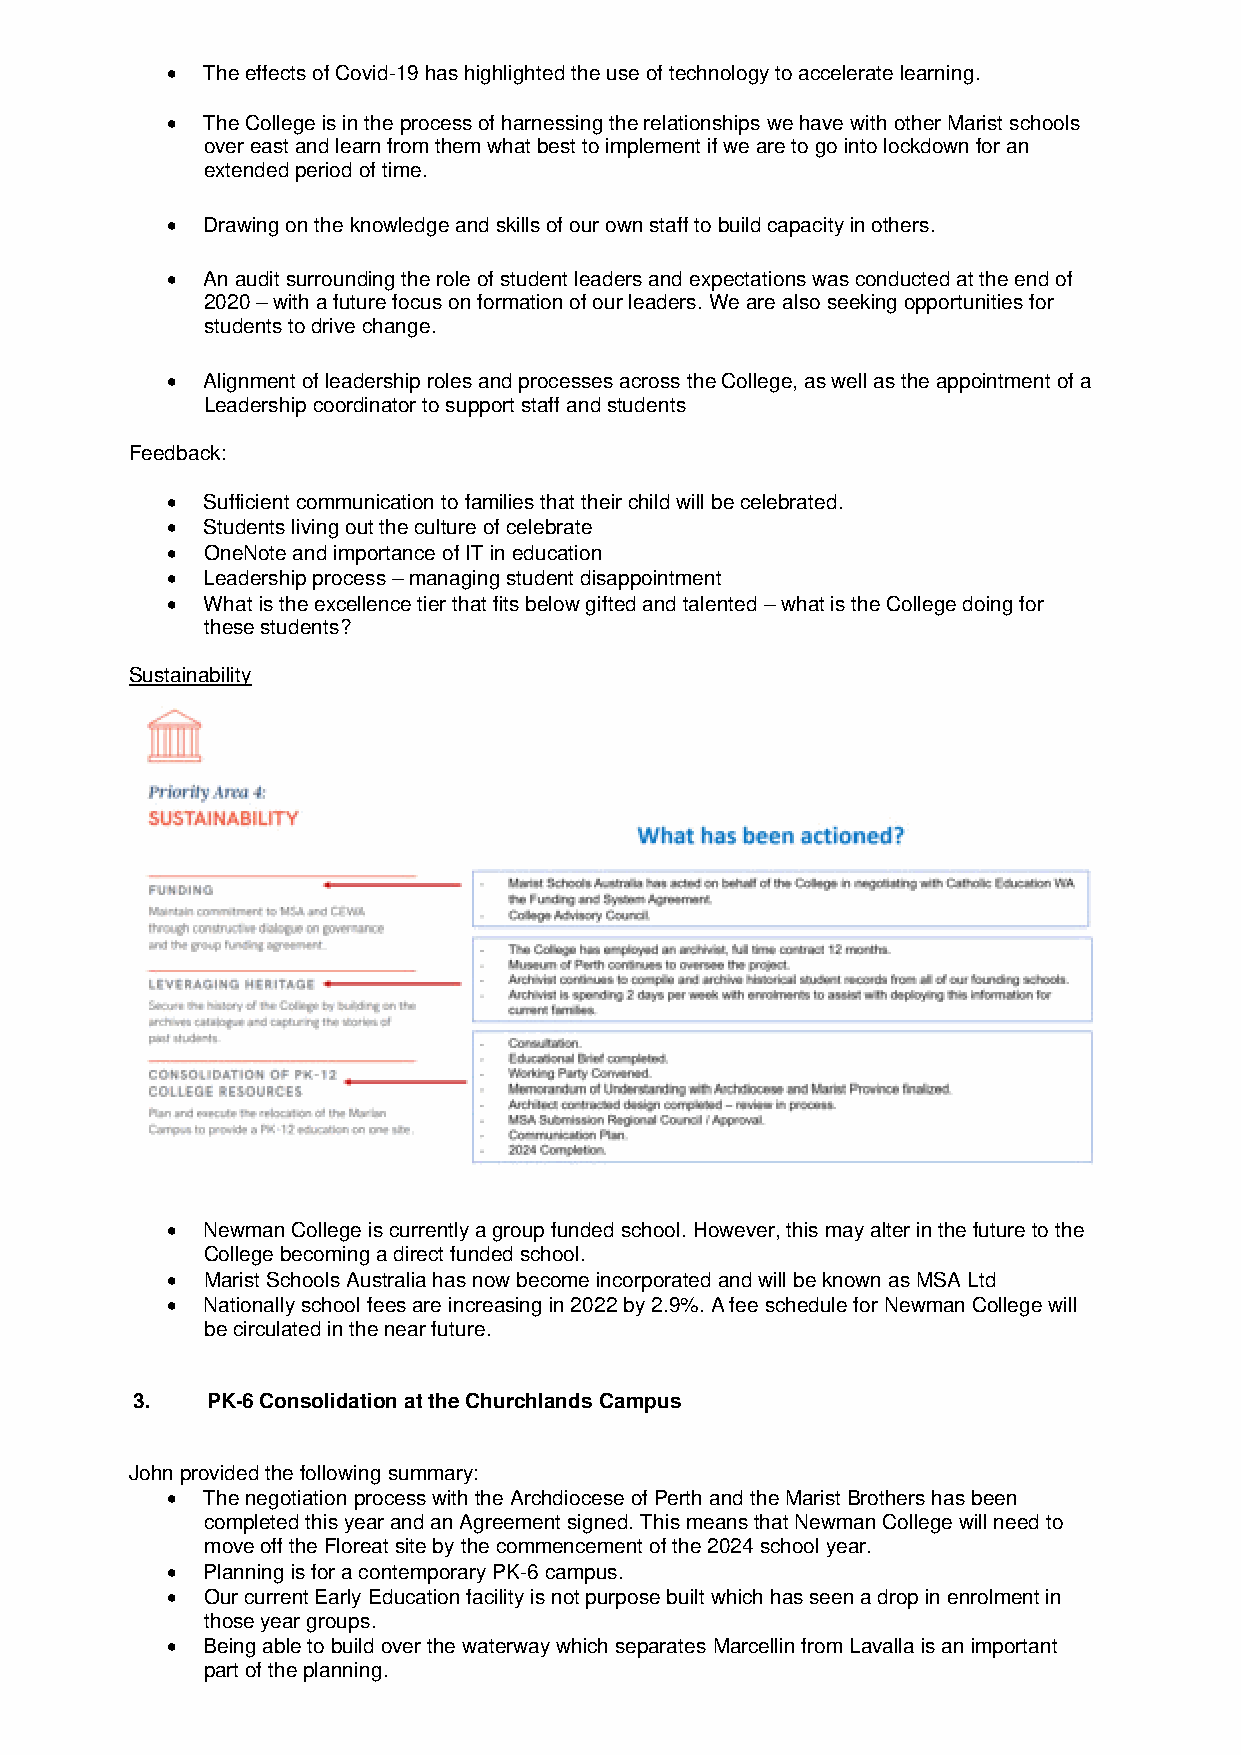
•  The effects of Covid-19 has highlighted the use of technology to accelerate learning.
 •  The College is in the process of harnessing the relationships we have with other Marist schools
 over east and learn from them what best to implement if we are to go into lockdown for an
 extended period of time.
 •  Drawing on the knowledge and skills of our own staff to build capacity in others.
 •  An audit surrounding the role of student leaders and expectations was conducted at the end of
 2020 – with a future focus on formation of our leaders. We are also seeking opportunities for
 students to drive change.
 •  Alignment of leadership roles and processes across the College, as well as the appointment of a
 Leadership coordinator to support staff and students
 Feedback:
 •  Sufficient communication to families that their child will be celebrated.
 •  Students living out the culture of celebrate
 •  OneNote and importance of IT in education
 •  Leadership process – managing student disappointment
 •  What is the excellence tier that fits below gifted and talented – what is the College doing for
 these students?
 Sustainability
 •  Newman College is currently a group funded school. However, this may alter in the future to the
 College becoming a direct funded school.
 •  Marist Schools Australia has now become incorporated and will be known as MSA Ltd
 •  Nationally school fees are increasing in 2022 by 2.9%. A fee schedule for Newman College will
 be circulated in the near future.
 3.   PK-6 Consolidation at the Churchlands Campus
 John provided the following summary:
 •  The negotiation process with the Archdiocese of Perth and the Marist Brothers has been
 completed this year and an Agreement signed. This means that Newman College will need to
 move off the Floreat site by the commencement of the 2024 school year.
 •  Planning is for a contemporary PK-6 campus.
 •  Our current Early Education facility is not purpose built which has seen a drop in enrolment in
 those year groups.
 •  Being able to build over the waterway which separates Marcellin from Lavalla is an important
 part of the planning.